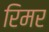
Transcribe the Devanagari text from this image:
रिमर